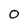
Character: O